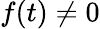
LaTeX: f(t)\neq 0